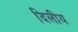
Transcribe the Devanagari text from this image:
दिलीय